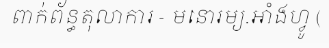
ពាក់ព័ន្ធតុលាការ - មនោរម្យ.អាំងហ្វូ (